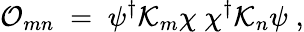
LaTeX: {\cal O}_{mn}\; =\; \psi^{\dagger}{\cal K}_{m}\chi\; \chi^{\dagger}{\cal K}_{n}\psi\; ,